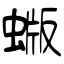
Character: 蝂